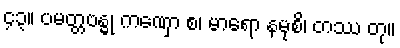
၄၃။ ပမတ္တဗန္ဓု ကဏှော စ၊ မာရော နမုစိ၊ တဿ တု။